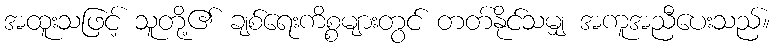
အထူးသဖြင့် သူတို့၏ ချစ်ရေးကိစ္စများတွင် တတ်နိုင်သမျှ အကူအညီပေးသည်။